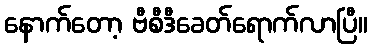
နောက်တော့ ဗီစီဒီခေတ်ရောက်လာပြီ။